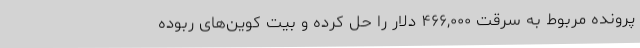
پرونده مربوط به سرقت ۴۶۶,۰۰۰ دلار را حل کرده و بیت کوین‌های ربوده